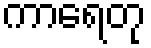
ကာရေတု